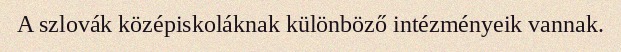
A szlovák középiskoláknak különböző intézményeik vannak.